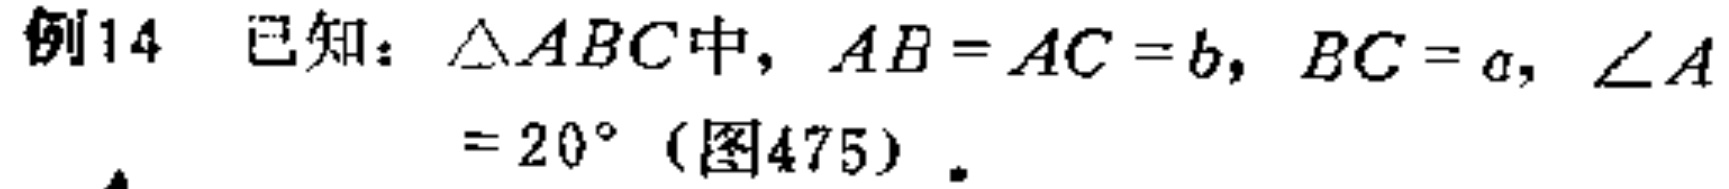
例14 已知：$\triangle ABC$中，$AB = AC = b$，$BC = a$，$\angle A = 20^{\circ}$（图475）．